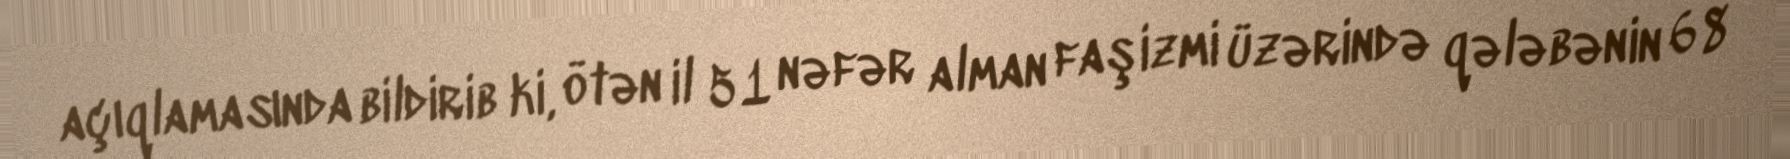
açıqlamasında bildirib ki, ötən il 51 nəfər alman faşizmi üzərində qələbənin 68